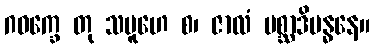
ဂဝက္ခေ တု သမူဟေ စ၊ ဇာလံ မစ္ဆာဒိဗန္ဓနေ။